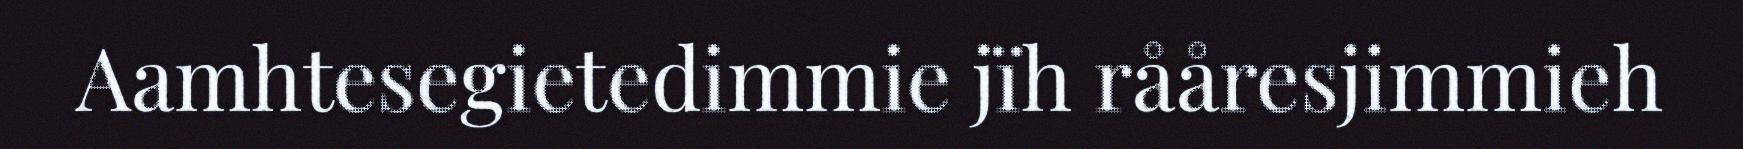
Aamhtesegietedimmie jïh rååresjimmieh